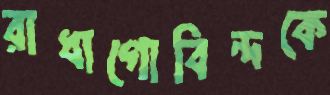
রাধাগোবিন্দকে